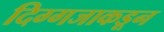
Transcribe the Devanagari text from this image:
दिग्गजाकडून